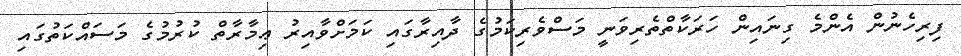
ފިރިހެނުން އެންމެ ގިނައިން ހަރަކާތްތެރިވަނީ މަސްވެރިކަމުގެ ދާއިރާގައި ކަމަށްވާއިރު ޢިމާރާތް ކުރުމުގެ މަސައްކަތުގައި